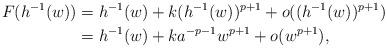
LaTeX: \begin{align*}F(h^{-1}(w))&=h^{-1}(w)+k(h^{-1}(w))^{p+1}+o((h^{-1}(w))^{p+1})\\&=h^{-1}(w)+ka^{-p-1}w^{p+1}+o(w^{p+1}),\end{align*}